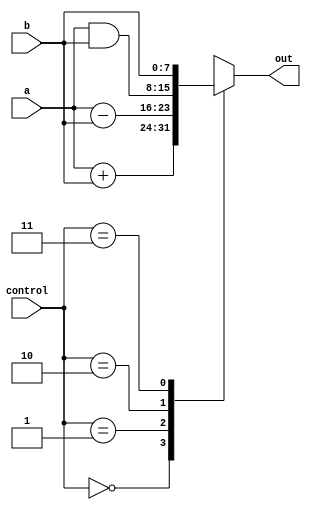
module ALU(
  input [1:0] control,
  input [7:0] a,b,
  output [7:0] out
);
  reg [7:0] out;
  
  always @ *
    case (control)
      0: out = a + b;
      1: out = a - b;
      2: out = a & b;
      3: out = b;
    endcase
	
endmodule